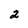
Character: 2